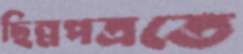
ছিন্নপত্রতে